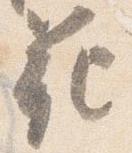
範